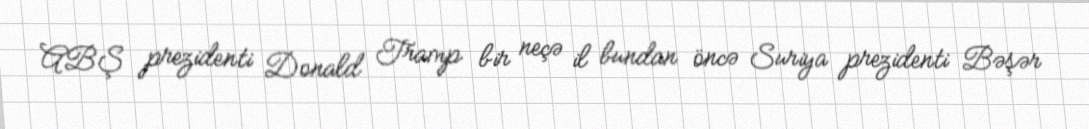
ABŞ prezidenti Donald Tramp bir neçə il bundan öncə Suriya prezidenti Bəşər